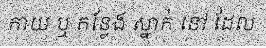
កាយ ឬ កន្លែង ស្នាក់ នៅ ដែល